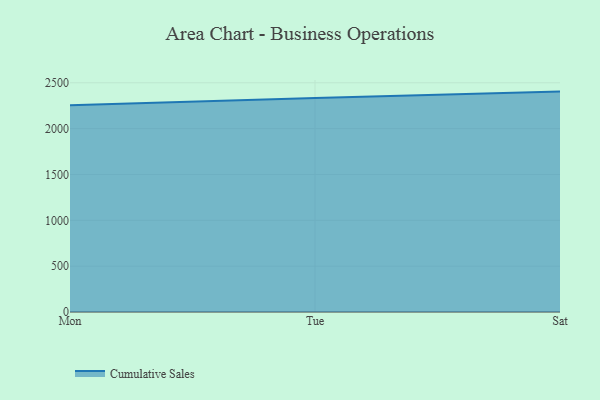
{"axis": {"x": "Day", "y": "Satisfaction Score"}, "legend": ["Cumulative Sales"], "data": [{"x": "Mon", "y": 2255.8, "type": "Cumulative Sales"}, {"x": "Tue", "y": 2334.1, "type": "Cumulative Sales"}, {"x": "Sat", "y": 2403.6, "type": "Cumulative Sales"}]}